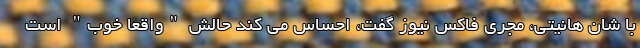
با شان هانیتی، مجری فاکس نیوز گفت، احساس می کند حالش "واقعا خوب" است